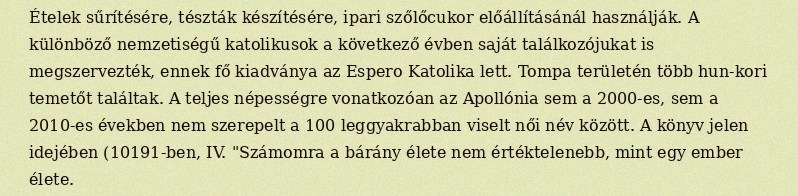
Ételek sűrítésére, tészták készítésére, ipari szőlőcukor előállításánál használják. A különböző nemzetiségű katolikusok a következő évben saját találkozójukat is megszervezték, ennek fő kiadványa az Espero Katolika lett. Tompa területén több hun-kori temetőt találtak. A teljes népességre vonatkozóan az Apollónia sem a 2000-es, sem a 2010-es években nem szerepelt a 100 leggyakrabban viselt női név között. A könyv jelen idejében (10191-ben, IV. "Számomra a bárány élete nem értéktelenebb, mint egy ember élete.